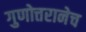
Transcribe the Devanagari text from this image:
गुणोत्तरानेच